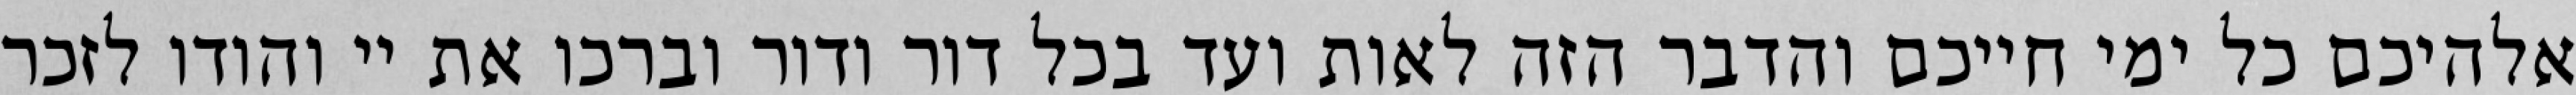
אלהיכם כל ימי חייכם והדבר הזה לאות ועד בכל דור ודור וברכו את יי והודו לזכר